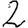
Digit: 2